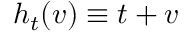
h _ { t } ( v ) \equiv t + v